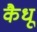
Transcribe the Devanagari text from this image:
कैधू